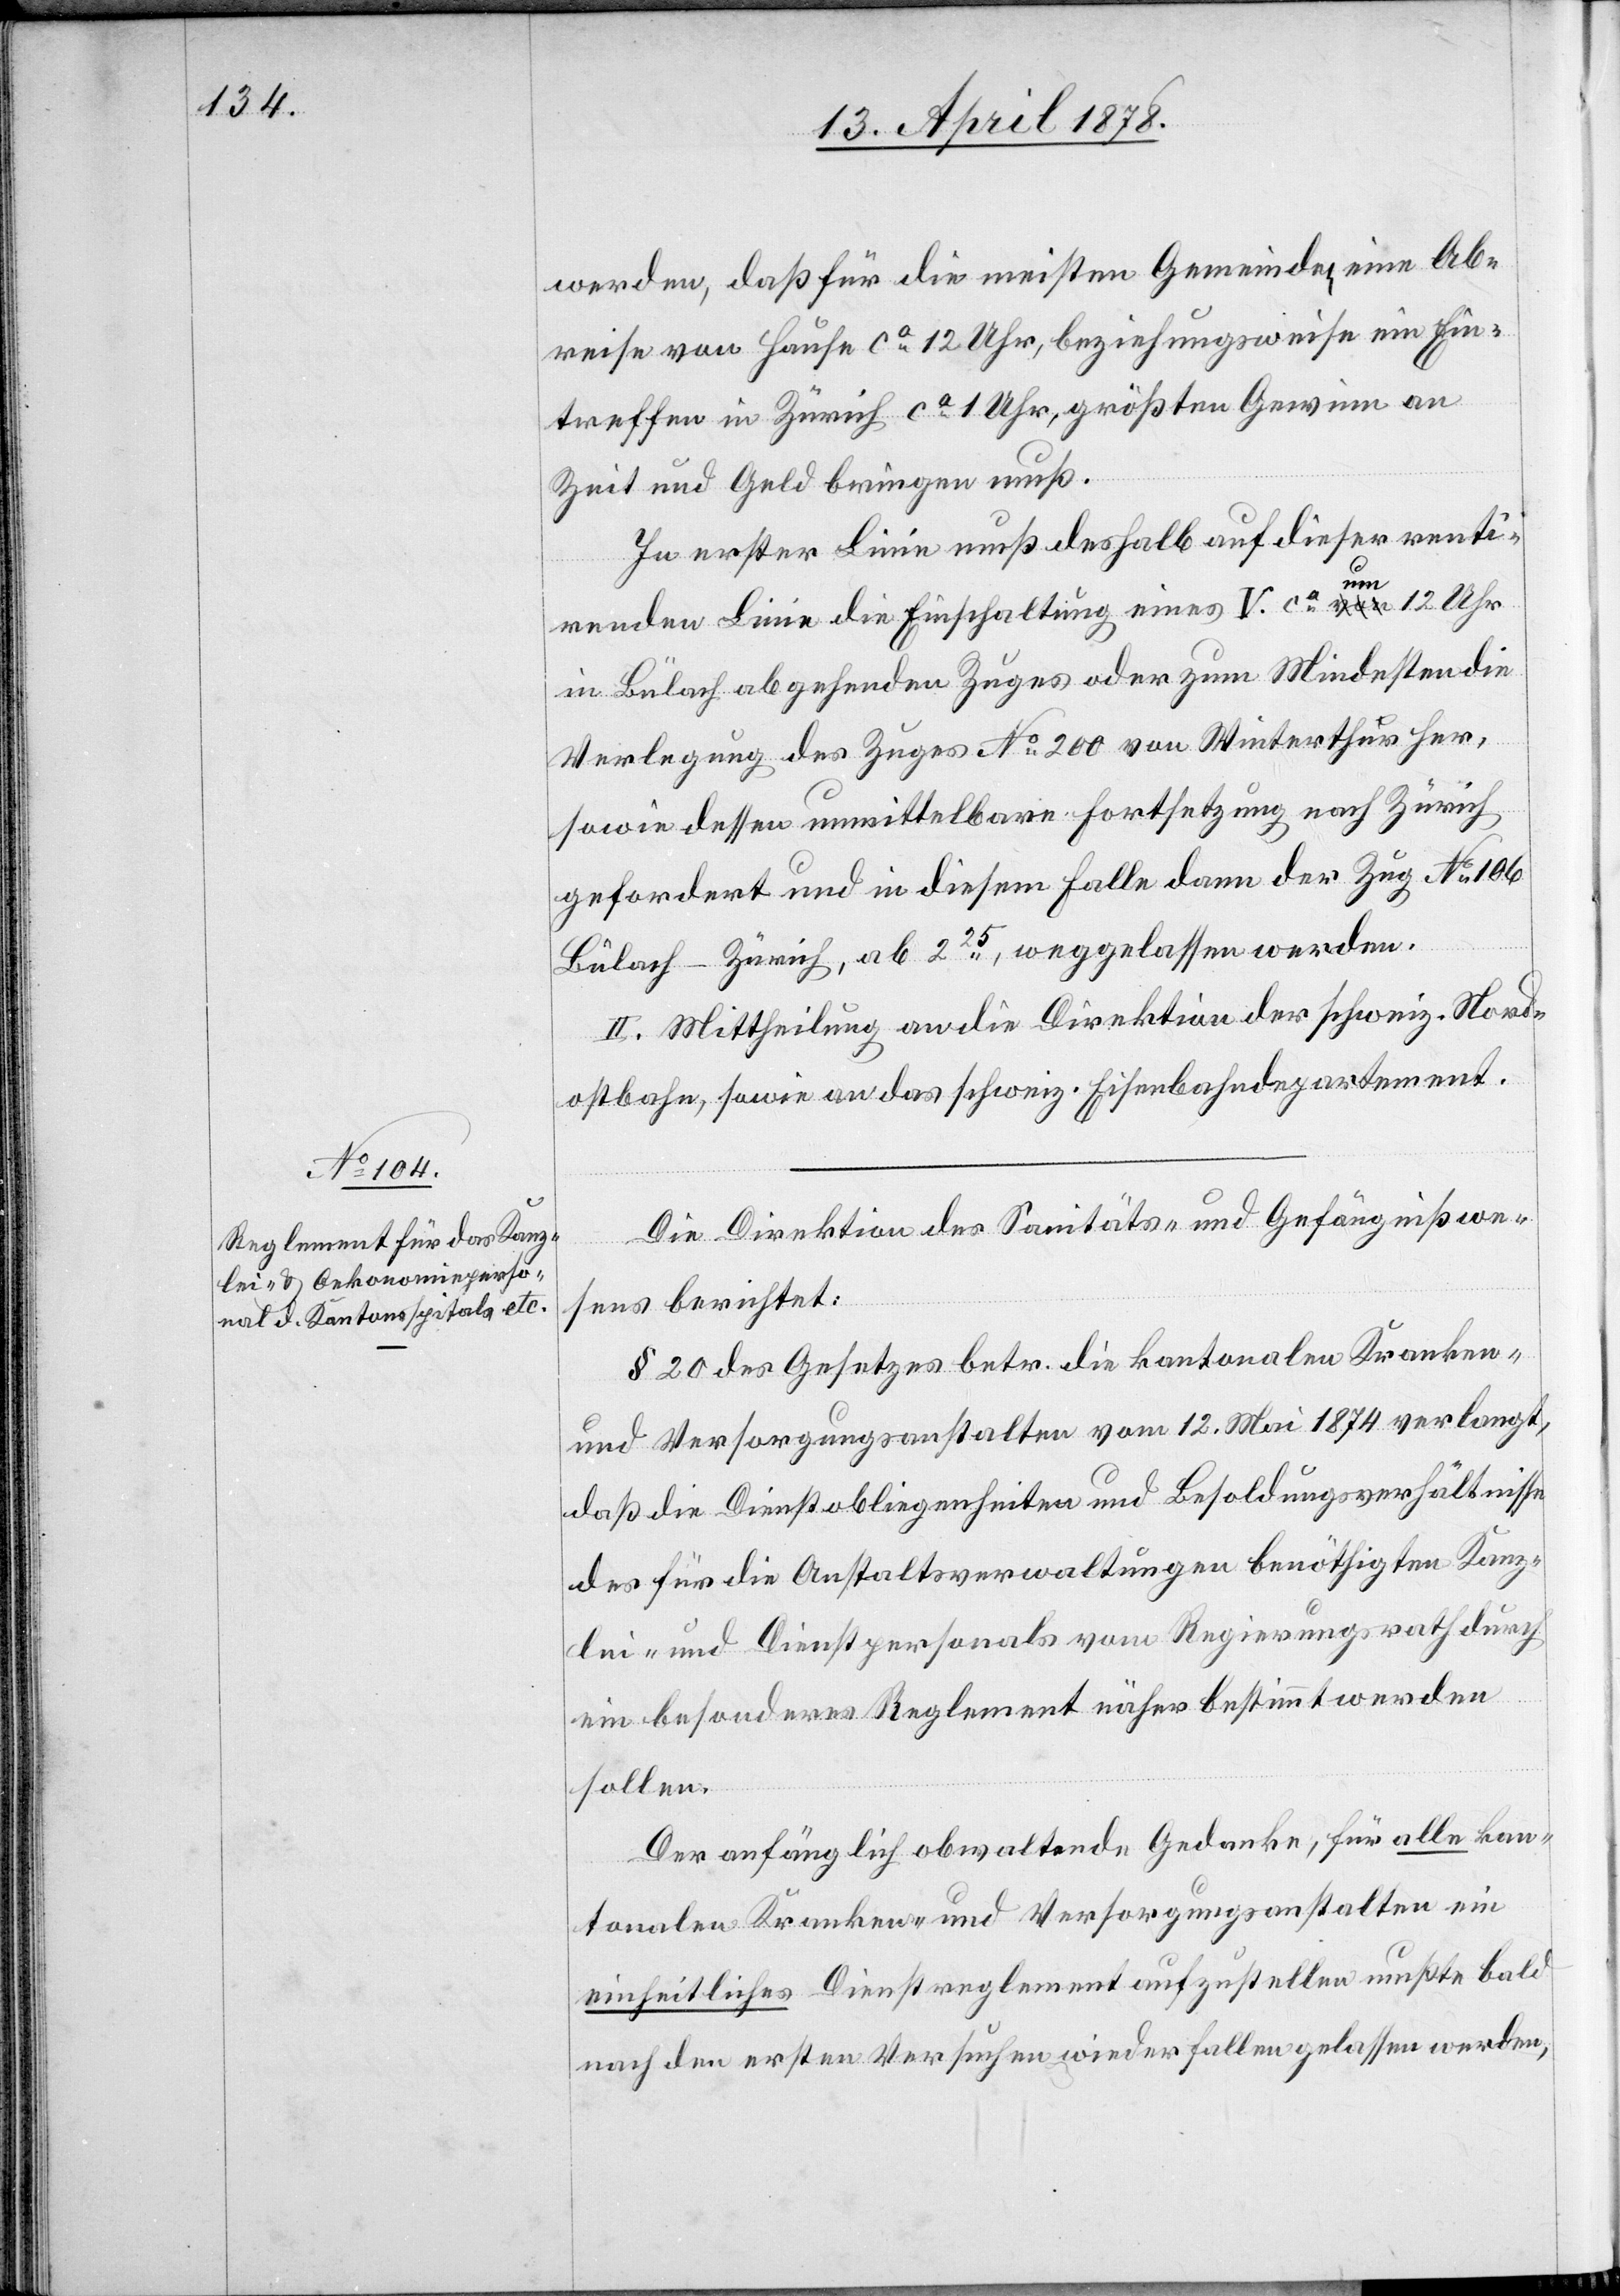
werden, daß für die meisten Gemeinden eine Ab¬
reise von Hausen ca 12 Uhr, beziehungsweise ein Ein¬
treffen in Zürich ca 1 Uhr, größten Gewinn an
Zeit und Geld bringen muß.
In erster Linie muß deshalb auf dieser renti¬
renden Linie die Einschaltung eines V. ca um 12 Uhr
in Bülach abgehenden Zuges oder zum Mindesten die
Verlegung des Zuges No 200 von Winterthur her,
sowie dessen unmittelbare Fortsetzung nach Zürich
gefordert und in diesem Falle dann der Zug No 106
Bülach–Zürich, ab 225, weggelassen werden.
II. Mittheilung an die Direktion der schweiz. Nord¬
ostbahn, sowie an das schweiz. Eisenbahndepartement.
Die Direktion des Sanitäts- & Gefängnißwe¬
sens berichtet:
§ 20 des Gesetzes betr. die kantonalen Kranken-
und Versorgungsanstalten vom 12. Mai 1874 verlangt,
daß die Dienstobliegenheiten und Besoldungsverhältnisse
des für die Anstaltsverwaltungen benöthigten Kanz¬
lei- und Dienstpersonals vom Regierungsrath durch
ein besonderes Reglement näher bestimmt werden
sollen.
Der anfänglich obwaltende Gedanke, für alle kan¬
tonalen Kranken- und Versorgungsanstalten ein
einheitliches Dienstreglement aufzustellen mußte bald
nach den ersten Versuchen wieder fallen gelassen werden,